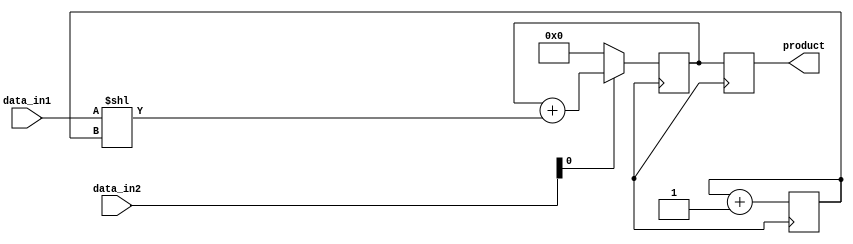
module fixed_point_multiplier(
    input signed [15:0] data_in1,
    input signed [15:0] data_in2,
    output reg signed [31:0] product
);

reg signed [31:0] accumulator;
reg [5:0] shift_count;

always @(posedge clk) begin
    shift_count <= 0;
    accumulator <= 0;
    
    repeat (16) begin
        if (data_in2[0] == 1'b1) begin
            accumulator <= accumulator + (data_in1 << shift_count);
        end
        shift_count <= shift_count + 1;
    end

    product <= accumulator;
end

endmodule